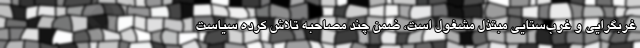
غربگرایی و غرب‌ستایی مبتذل مشغول است، ضمن چند مصاحبه تلاش کرده سیاست